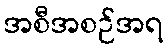
အစီအစဉ်အရ